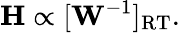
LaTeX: \mathbf{H}\propto[\mathbf{W}^{-1}]_{\mathrm{RT}}.